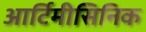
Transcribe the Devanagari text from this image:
आर्टिमीसिनिक